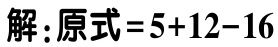
解：原式\(=5 + 12 - 16\)